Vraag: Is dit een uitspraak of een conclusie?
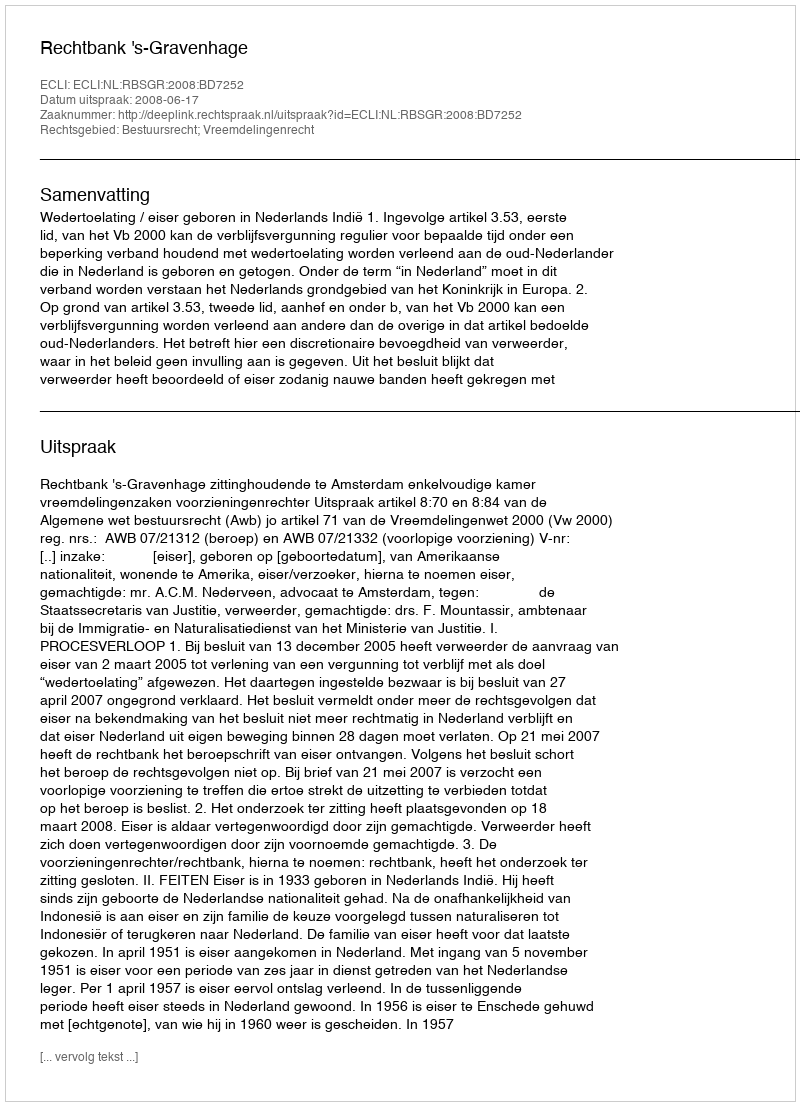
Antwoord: Uitspraak